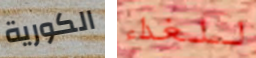
الكورية للغداء